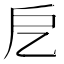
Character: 戹